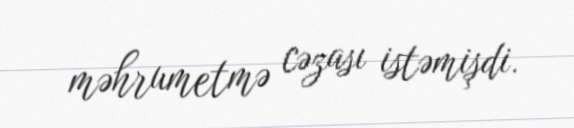
məhrumetmə cəzası istəmişdi.